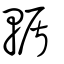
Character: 輴